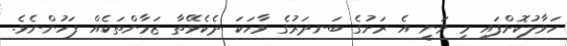
ހަވާލުކޮށްފައި މި ވަނީ އެ ރަށުގެ ބަނދަރުގެ ވާހަކަ ދެކެވޭތާ ޒަމާންތަކެއް ފަހުންނެވެ.